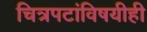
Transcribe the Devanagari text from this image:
चित्रपटांविषयीही